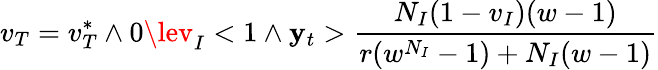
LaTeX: v_{T}=v_{T}^{*}\land0\lev_{I}<1\land\mathbf{y}_{t}>\frac{{N_{I}(1-v_{I})(w-1)}}{{r(w^{N_{I}}-1)+N_{I}(w-1)}}